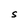
Character: S